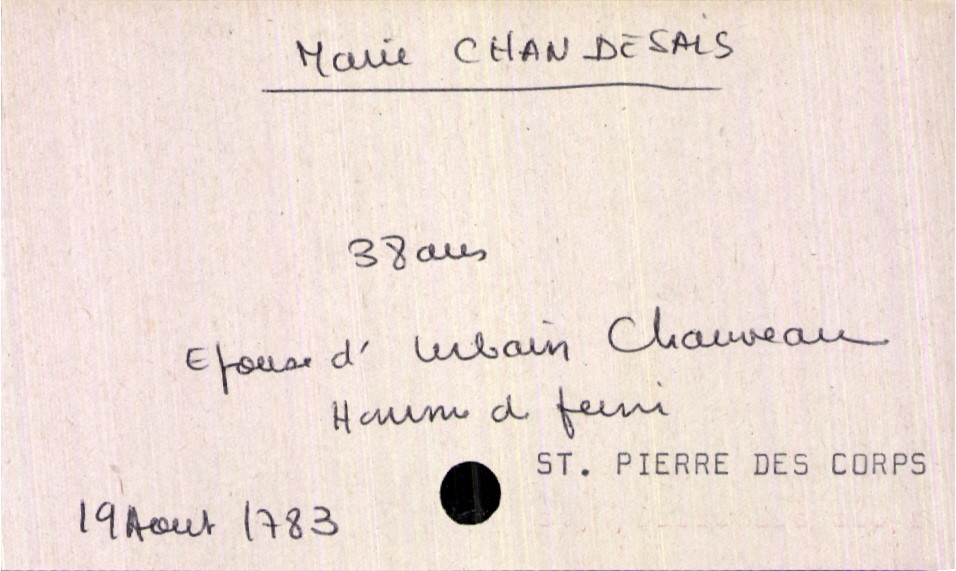
type_acte: Décès
année: 1783
mois: août
jour: 19
défunt_nom: Chandesais
défunt_prénom: Marie
défunt_sexe: F
défunt_âge: 38 ans
défunt_statut: marié(e)